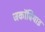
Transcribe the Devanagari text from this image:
जकॉबियाइ